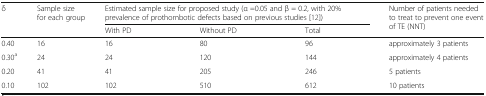
<table><thead><tr><td rowspan="2"><b>δ</b></td><td rowspan="2"><b>Sample size for each group</b></td><td colspan="3"><b>Estimated sample size for proposed study (α =0.05 and β = 0.2, with 20% prevalence of prothombotic defects based on previous studies [12])</b></td><td rowspan="2"><b>Number of patients needed to treat to prevent one event of TE (NNT)</b></td></tr><tr><td><b>With PD</b></td><td><b>Without PD</b></td><td><b>Total</b></td></tr></thead><tbody><tr><td>0.40</td><td>16</td><td>16</td><td>80</td><td>96</td><td>approximately 3 patients</td></tr><tr><td>0.30<sup>a</sup></td><td>24</td><td>24</td><td>120</td><td>144</td><td>approximately 4 patients</td></tr><tr><td>0.20</td><td>41</td><td>41</td><td>205</td><td>246</td><td>5 patients</td></tr><tr><td>0.10</td><td>102</td><td>102</td><td>510</td><td>612</td><td>10 patients</td></tr></tbody></table>